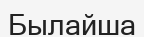
Былайша